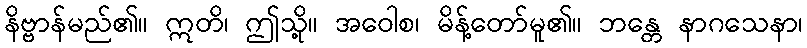
နိဗ္ဗာန်မည်၏။ ဣတိ၊ ဤသို့။ အဝေါစ၊ မိန့်တော်မူ၏။ ဘန္တေ နာဂသေနာ၊